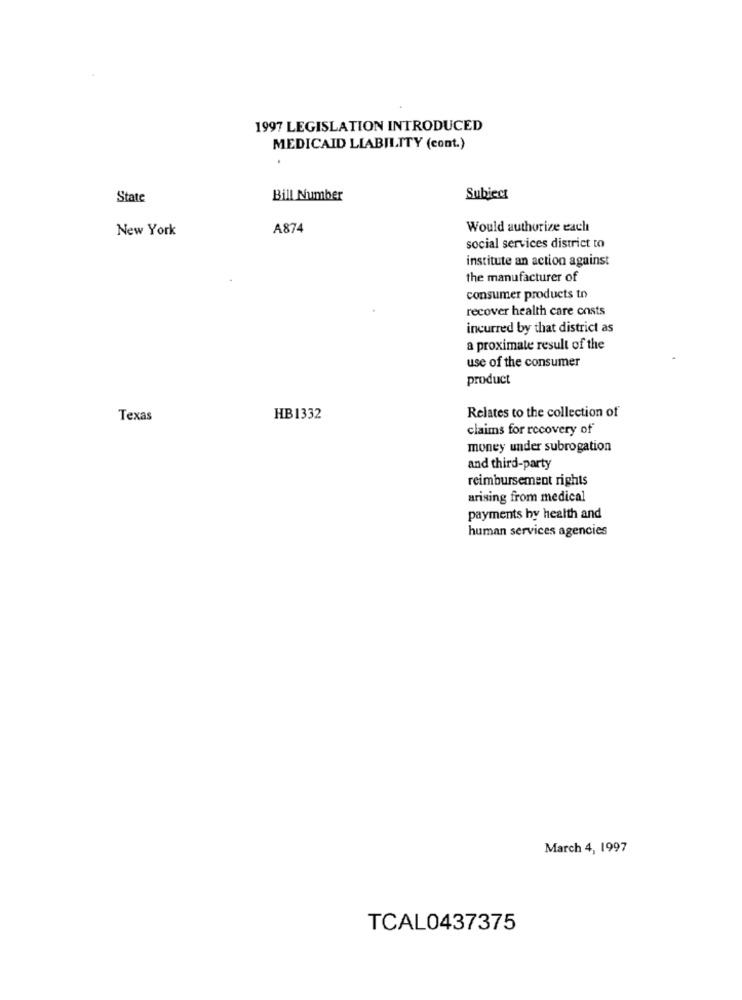
1997 LEGISLATION INTRODUCED
MEDICAID LIABILITY (cont.)
State
Bill Number
Subiect
New York
A874
Would authorize each
social services district to
institute an action against
the manufacturer of
consumer products to
recover health care costs
incurred by that district as
a proximate result of the
use of the consumer
product
Texas
HB 1332
Relates to the collection of
claims for recovery of
money under subrogation
and third-party
reimbursement rights
arising from medical
payments by health and
human services agencies
March 4, 1997
TCAL0437375